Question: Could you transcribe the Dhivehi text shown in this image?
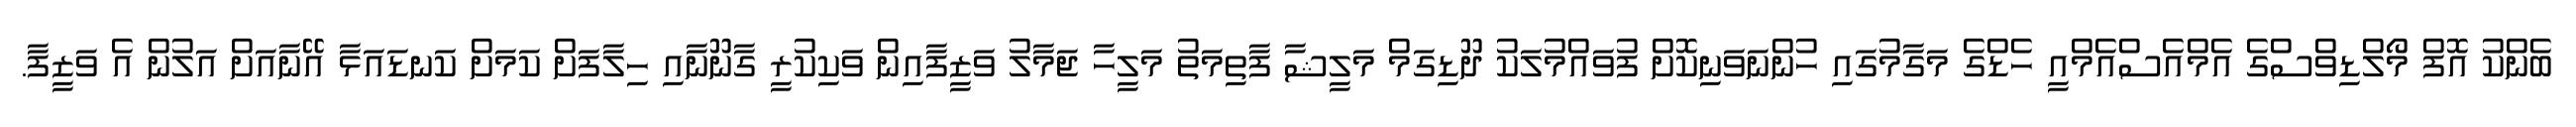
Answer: ބެންކު އޮފް މޯލްޑިވްސްގެ އެމްއެސްއެމްއީ ހެޑްގެ މަގާމުގައި ހުންނަވަނިކޮށް ފުވައްމުލަކު ދޫޑިގަމް މަލީޝާ ފާތިމަތު މަލީހާ ޖަމާލު ވަޒީފާއިން ވަކިކުރީ ގާނޫނާއި ހިލާފަށް ކަމަށް ކަނޑައަޅާ އޭނާއަށް އަލުން އެ ވަޒީފާ.